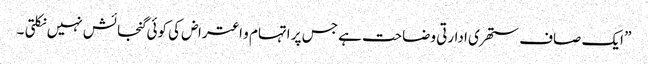
” ایک صاف ستھری ادارتی وضاحت ہے جس پر اتہام و اعتراض کی کوئی گنجائش نہیں نکلتی ۔